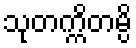
သုတက္ကိတမ္ပိ